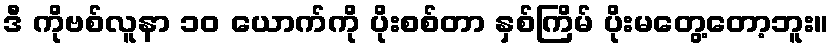
ဒီ ကိုဗစ်လူနာ ၁ဝ ယောက်ကို ပိုးစစ်တာ နှစ်ကြိမ် ပိုးမတွေ့တော့ဘူး။